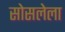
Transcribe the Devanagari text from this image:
सोसलेला